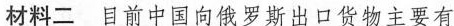
材料二 目前中国向俄罗斯出口货物主要有